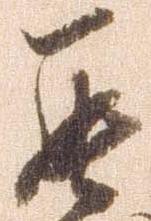
罷